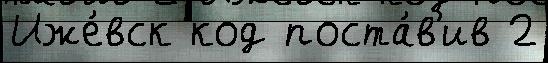
Иже́вск код поста́в'ив 2